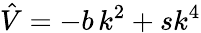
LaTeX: \hat{V}=-b\, k^{2}+sk^{4}